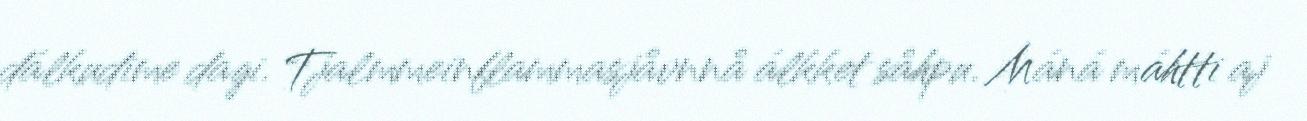
dálkudime dagi. Tjalmmeinflammasjåvnnå álkket såhpu. Máná máhtti aj